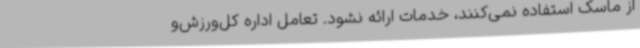
از ماسک استفاده نمی‌کنند، خدمات ارائه نشود. تعامل اداره کل‌ورزش‌و